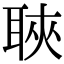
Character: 聗